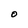
Character: O